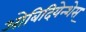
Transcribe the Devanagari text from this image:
ओबिदियेन्शेस्